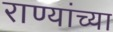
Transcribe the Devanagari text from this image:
राण्यांच्या